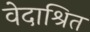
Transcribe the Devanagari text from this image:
वेदाश्रित